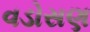
વડોસણ